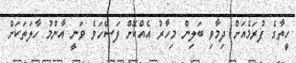
ހީތާގެ ފުރަމެއަށް ދިމާވި ބަލިން މިހާރު އެއްކޮށް ފަސޭހަވެ ވަނީ އާންމު ހާލަތަކަށް